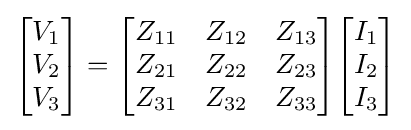
{\begin{bmatrix}V_{1}\\V_{2}\\V_{3}\end{bmatrix}}={\begin{bmatrix}Z_{11}&Z_{12}&Z_{13}\\Z_{21}&Z_{22}&Z_{23}\\Z_{31}&Z_{32}&Z_{33}\end{bmatrix}}{\begin{bmatrix}I_{1}\\I_{2}\\I_{3}\end{bmatrix}}